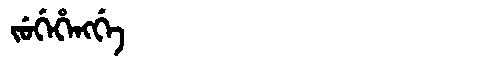
Manchu: ᠵᡠᡤᡝᡥᡝᠩᡤᡝ
Romanization: JUGEHENGGE